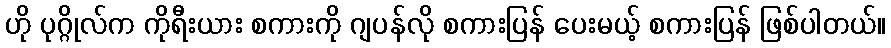
ဟို ပုဂ္ဂိုလ်က ကိုရီးယား စကားကို ဂျပန်လို စကားပြန် ပေးမယ့် စကားပြန် ဖြစ်ပါတယ်။